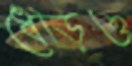
ধেড়িও